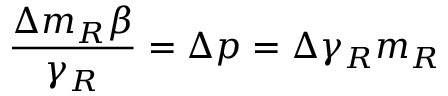
\frac { \Delta m _ { R } \beta } { \gamma _ { R } } = \Delta p = \Delta \gamma _ { R } m _ { R }